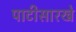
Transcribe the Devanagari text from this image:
पाटीसारखे